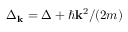
\Delta _ { \mathbf { k } } = \Delta + \hbar { \mathbf { k } } ^ { 2 } / ( 2 m )